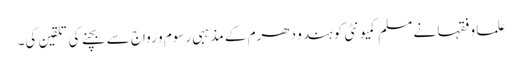
علما و فقہا نے مسلم کمیونٹی کو ہندو دھرم کے مذہبی رسوم و رواج سے بچنے کی تلقین کی۔